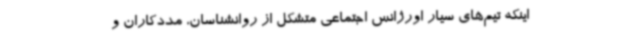
اینکه تیم‌های سیار اورژانس اجتماعی متشکل از روانشناسان، مددکاران و